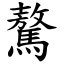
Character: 驁